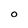
Character: O